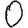
Digit: 0